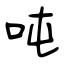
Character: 吨